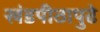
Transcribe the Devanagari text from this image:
खंडपीठापुढे